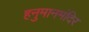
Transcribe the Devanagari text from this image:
हनुमानमंदिर